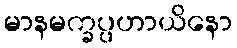
မာနမက္ခပ္ပဟာယိနော